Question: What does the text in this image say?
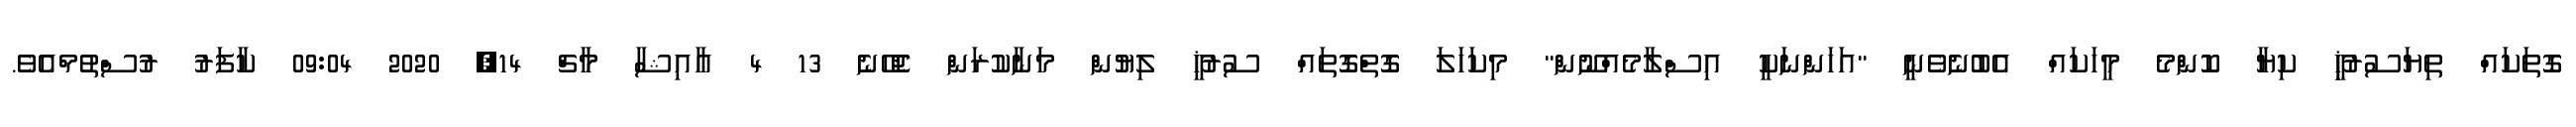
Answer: ގޮތަކައް ތިޔަސުރުޚީި ކިޔާ ކޮންމެ މީހަކައް އެބުނެވެނީ "އަހަންނަކީ އިސްލާމެއްނޫން" މިކަހަލަ ގޮތްގޮތައް ސުރުޚީ ލިޔުން މަނާކުރަން ޖެހޭނެ 13 4 ޢާއިޝާ މާޗް 14, 2020 09:04 ކާފަރު ރުސްތުމްއެވެ.